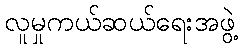
လူမှုကယ်ဆယ်ရေးအဖွဲ့